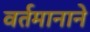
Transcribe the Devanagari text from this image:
वर्तमानाने